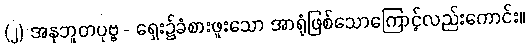
(၂) အနုဘူတပုဗ္ဗ - ရှေး၌ခံစားဖူးသော အာရုံဖြစ်သောကြောင့်လည်းကောင်း။